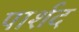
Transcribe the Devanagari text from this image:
पार्शद